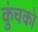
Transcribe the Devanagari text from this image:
कुंचको